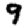
Digit: 9